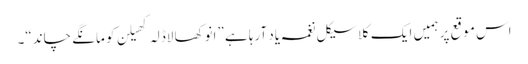
اس موقع پر ہمیں ایک کلاسیکل نغمہ یاد آرہا ہے ”انوکھا لاڈلہ کھیلن کو مانگے چاند“۔